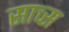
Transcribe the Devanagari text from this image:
साच्स